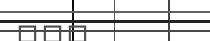
١٠٠